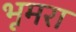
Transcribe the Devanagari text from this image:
भूमरा